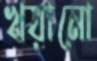
খয়ানো